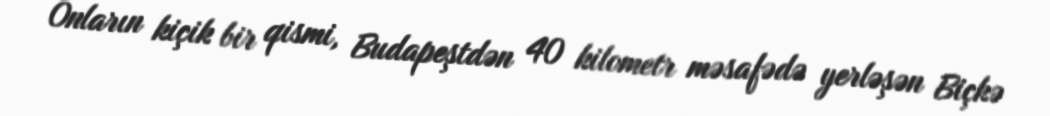
Onların kiçik bir qismi, Budapeştdən 40 kilometr məsafədə yerləşən Biçkə